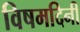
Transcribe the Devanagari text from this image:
विषमदिनी